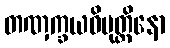
တဏှက္ခယဝိမုတ္တိနော